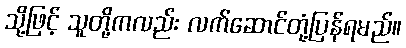
သို့ဖြင့် သူတို့ကလည်း လက်ဆောင်တုံ့ပြန်ရမည်။